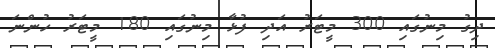
ދިގު މިނުގައި 300 މީޓަރު އަދި ފުޅާ މިނުގައި 180 މީޓަރު ހުންނަ